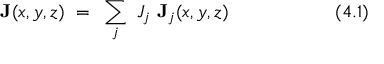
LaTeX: ~ \mathbf { J } ( x , y , z ) ~ = ~ \sum _ { j } ~ J _ { j } ~ \mathbf { J } _ { j } ( x , y , z ) ~ ~ ~ ~ ~ ~ ~ ~ ~ ~ ~ ~ ~ ~ ~ ~ ~ ( 4 . 1 )